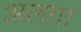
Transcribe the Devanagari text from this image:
अलग़ा